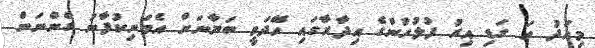
މިއަދު ހަ ގަޑި އިރު ފުލުހުންގެ އިދާރާގައި ހޭދަވީ ބަޔާނަށް އެމަނިކުފާނު ގެންނަން